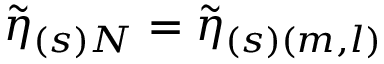
\widetilde { \eta } _ { ( s ) N } = \widetilde { \eta } _ { ( s ) ( m , l ) }